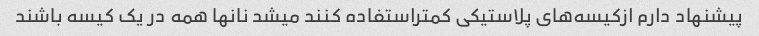
پیشنهاد دارم ازکیسه‌های پلاستیکی کمتراستفاده کنند میشد نانها همه در یک کیسه باشند